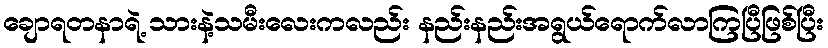
ချောရတနာရဲ့ သားနဲ့သမီးလေးကလည်း နည်းနည်းအရွယ်ရောက်လာကြပြီဖြစ်ပြီး